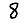
Digit: 8